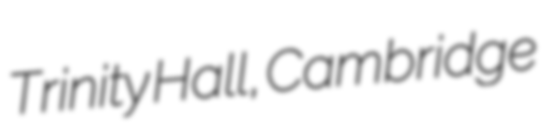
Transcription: Trinity Hall, Cambridge